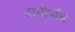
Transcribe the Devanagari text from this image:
हाथीपाँव